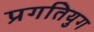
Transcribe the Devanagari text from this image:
प्रगतियुग